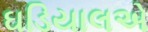
ઘડિયાલએ